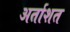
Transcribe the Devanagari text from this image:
अर्ताशत